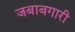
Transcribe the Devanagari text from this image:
जबाबगारी